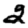
Digit: 2